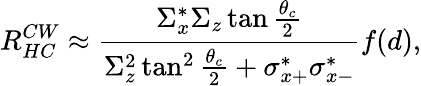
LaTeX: R_{HC}^{CW}\approx\frac{\Sigma_{x}^{*}\Sigma_{z}\tan\frac{\theta_{c}}{2}}{\Sigma_{z}^{2}\tan^{2}\frac{\theta_{c}}{2}+\sigma_{x+}^{*}\sigma_{x-}^{*}}f(d),